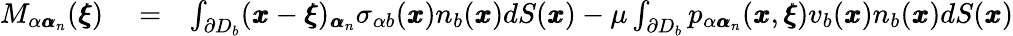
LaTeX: \begin{array}{rlr}{M_{\alpha{\pmb\alpha}_{n}}({\pmb\xi})}&{{}=}&{\int_{\partial D_{b}}({\pmb x}-{\pmb\xi})_{{\pmb\alpha}_{n}}\sigma_{\alpha b}({\pmb x})n_{b}({\pmb x})dS({\pmb x})-\mu\int_{\partial D_{b}}p_{\alpha{\pmb\alpha}_{n}}({\pmb x},{\pmb\xi})v_{b}({\pmb x})n_{b}({\pmb x})dS({\pmb x})}\end{array}